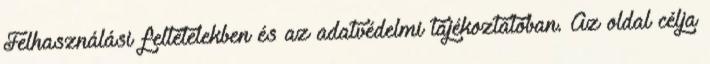
Felhasználási feltételekben és az adatvédelmi tájékoztatóban. Az oldal célja